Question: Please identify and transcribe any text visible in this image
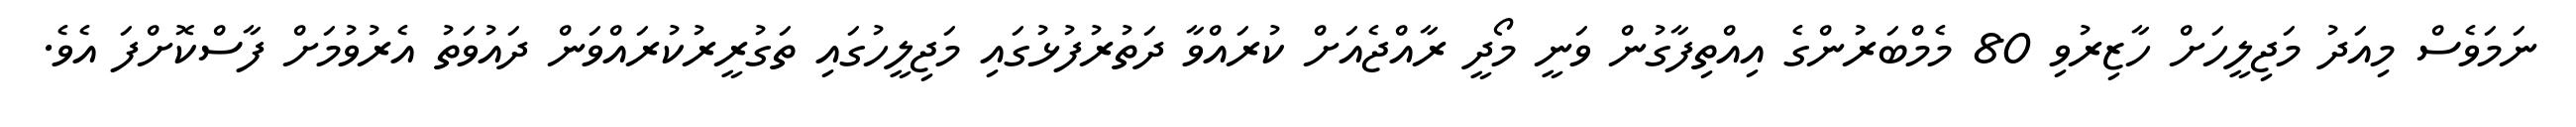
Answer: ނަމަވެސް މިއަދު މަޖިލީހަށް ހާޒިރުވި 80 މެމްބަރުންގެ އިއްތިފާގުން ވަނީ މޯދީ ރާއްޖެއަށް ކުރައްވާ ދަތުރުފުޅުގައި މަޖިލީހުގައި ތަގުރީރުކުރައްވަން ދައުވަތު އެރުވުމަށް ފާސްކޮށްފަ އެވެ.